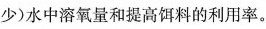
少)水中溶氧量和提高饵料的利用率。